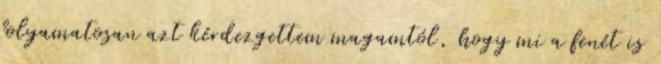
folyamatosan azt kérdezgettem magamtól, hogy mi a fenét is